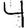
Digit: 4